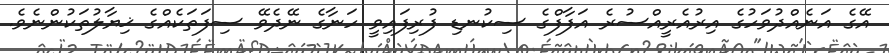
އޭގެ އަނެއްދުވަހުގެ އިރުއެރީއްސުރެ އަފާފްގެ ސިކުނޑި ފުރިފައިވީ ހަނާގެ ނޭދެވޭ ސިފަތަކެއްގެ ޚިޔާލުތަކުންނެވެ.